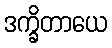
ဒက္ခိတာယေ